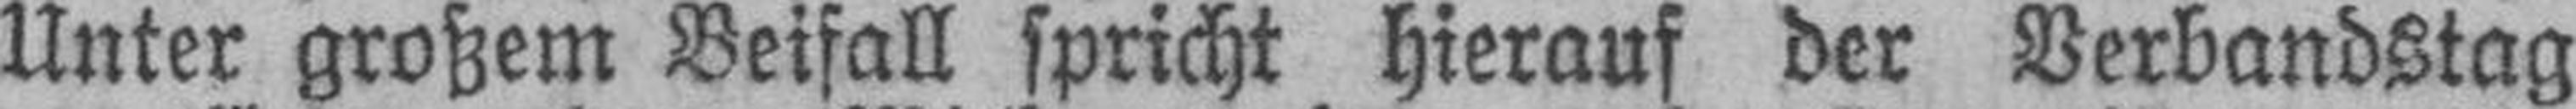
Unter großem Beifall spricht hierauf der Verbandstag